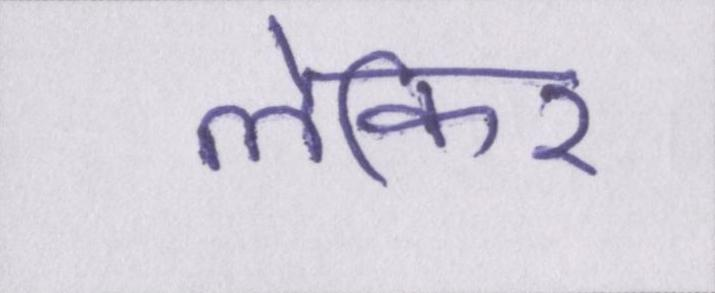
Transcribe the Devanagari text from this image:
लेकिर